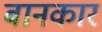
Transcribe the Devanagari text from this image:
बानकार